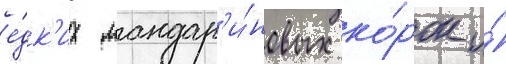
е́дк'их мандар'и́новых ко́рок и́